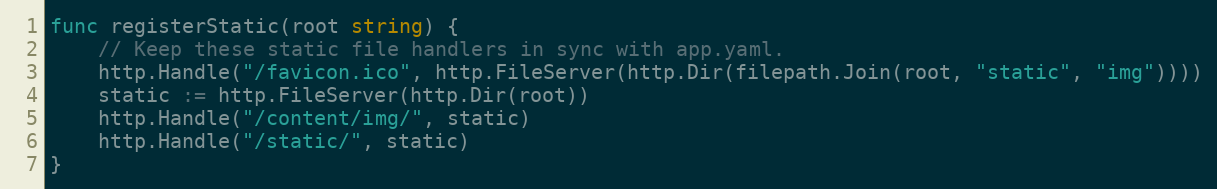
Language: Go
func registerStatic(root string) {
	// Keep these static file handlers in sync with app.yaml.
	http.Handle("/favicon.ico", http.FileServer(http.Dir(filepath.Join(root, "static", "img"))))
	static := http.FileServer(http.Dir(root))
	http.Handle("/content/img/", static)
	http.Handle("/static/", static)
}